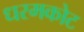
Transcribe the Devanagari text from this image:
धरमकोट